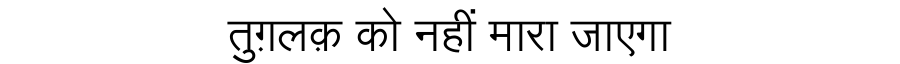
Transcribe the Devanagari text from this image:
तुग़लक़ को नहीं मारा जाएगा